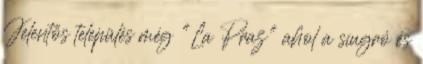
Jelentős település még "La Praz" ahol a síugró és